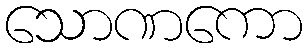
သောဏကော